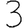
Digit: 3